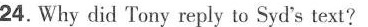
24.Why did Tony reply to Syd's text?